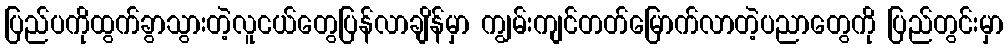
ပြည်ပကိုထွက်ခွာသွားတဲ့လူငယ်တွေပြန်လာချိန်မှာ ကျွမ်းကျင်တတ်မြောက်လာတဲ့ပညာတွေကို ပြည်တွင်းမှာ